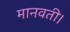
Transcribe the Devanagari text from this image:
मानवती।